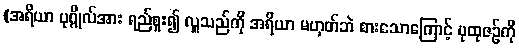
(အရိယာ ပုဂ္ဂိုလ်အား ရည်စူး၍ လှူသည်ကို အရိယာ မဟုတ်ဘဲ စားသောကြောင့် ပုထုဇဉ်ကို